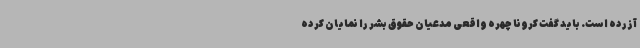
آزرده است. باید گفت کرونا چهره واقعی مدعیان حقوق بشر را نمایان کرده